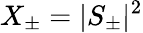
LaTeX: X_{\pm}=|S_{\pm}|^{2}